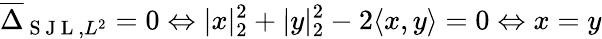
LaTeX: \overline{{\Delta}}_{\mathrm{~S~J~L~},L^{2}}=0\Leftrightarrow|x|_{2}^{2}+|y|_{2}^{2}-2\langle x,y\rangle=0\Leftrightarrow x=y